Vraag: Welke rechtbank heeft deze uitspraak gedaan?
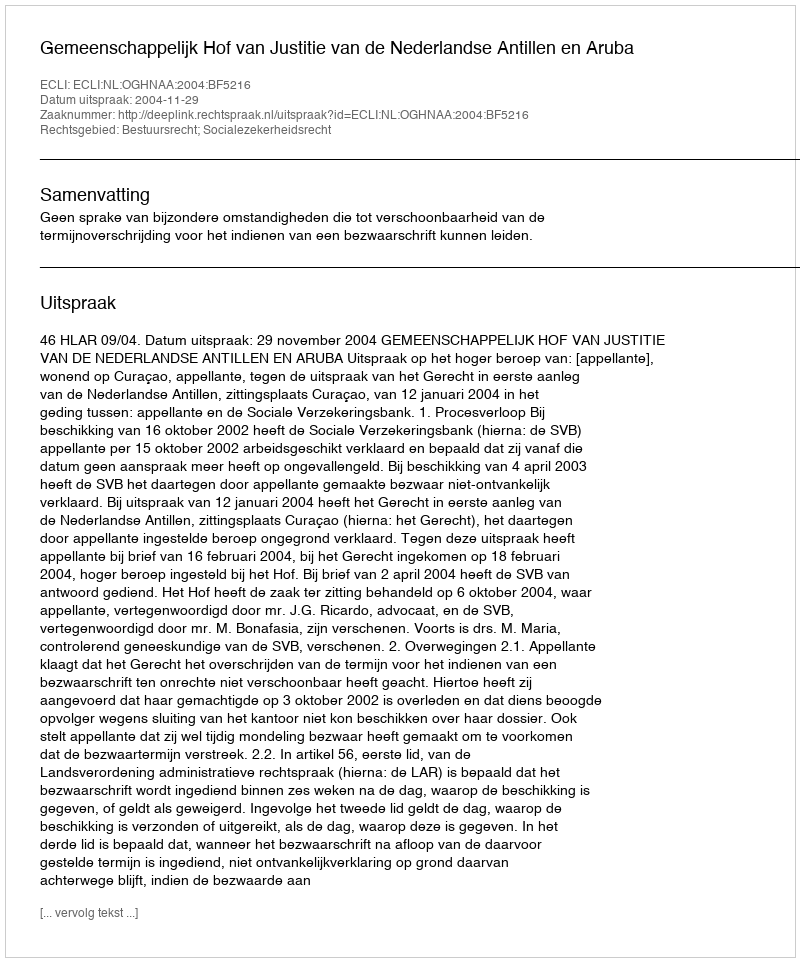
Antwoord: Gemeenschappelijk Hof van Justitie van de Nederlandse Antillen en Aruba